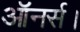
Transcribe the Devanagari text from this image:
ऑनर्स।